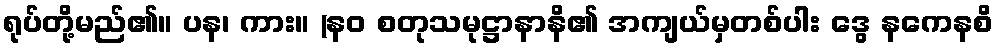
ရုပ်တို့မည်၏။ ပန၊ ကား။ (နဝ စတုသမုဋ္ဌာနာနိ၏ အကျယ်မှတစ်ပါး ဒွေ နကေနစိ